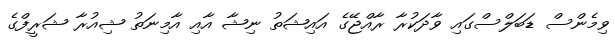
ވިމެންސް ޑަބަލްސްގައި ވާދަކުރާ ރާއްޖޭގެ އައިޝަތު ނިޝާ އާއި އާމިނަތު ޝިއުރާ ޝަރީފްގެ